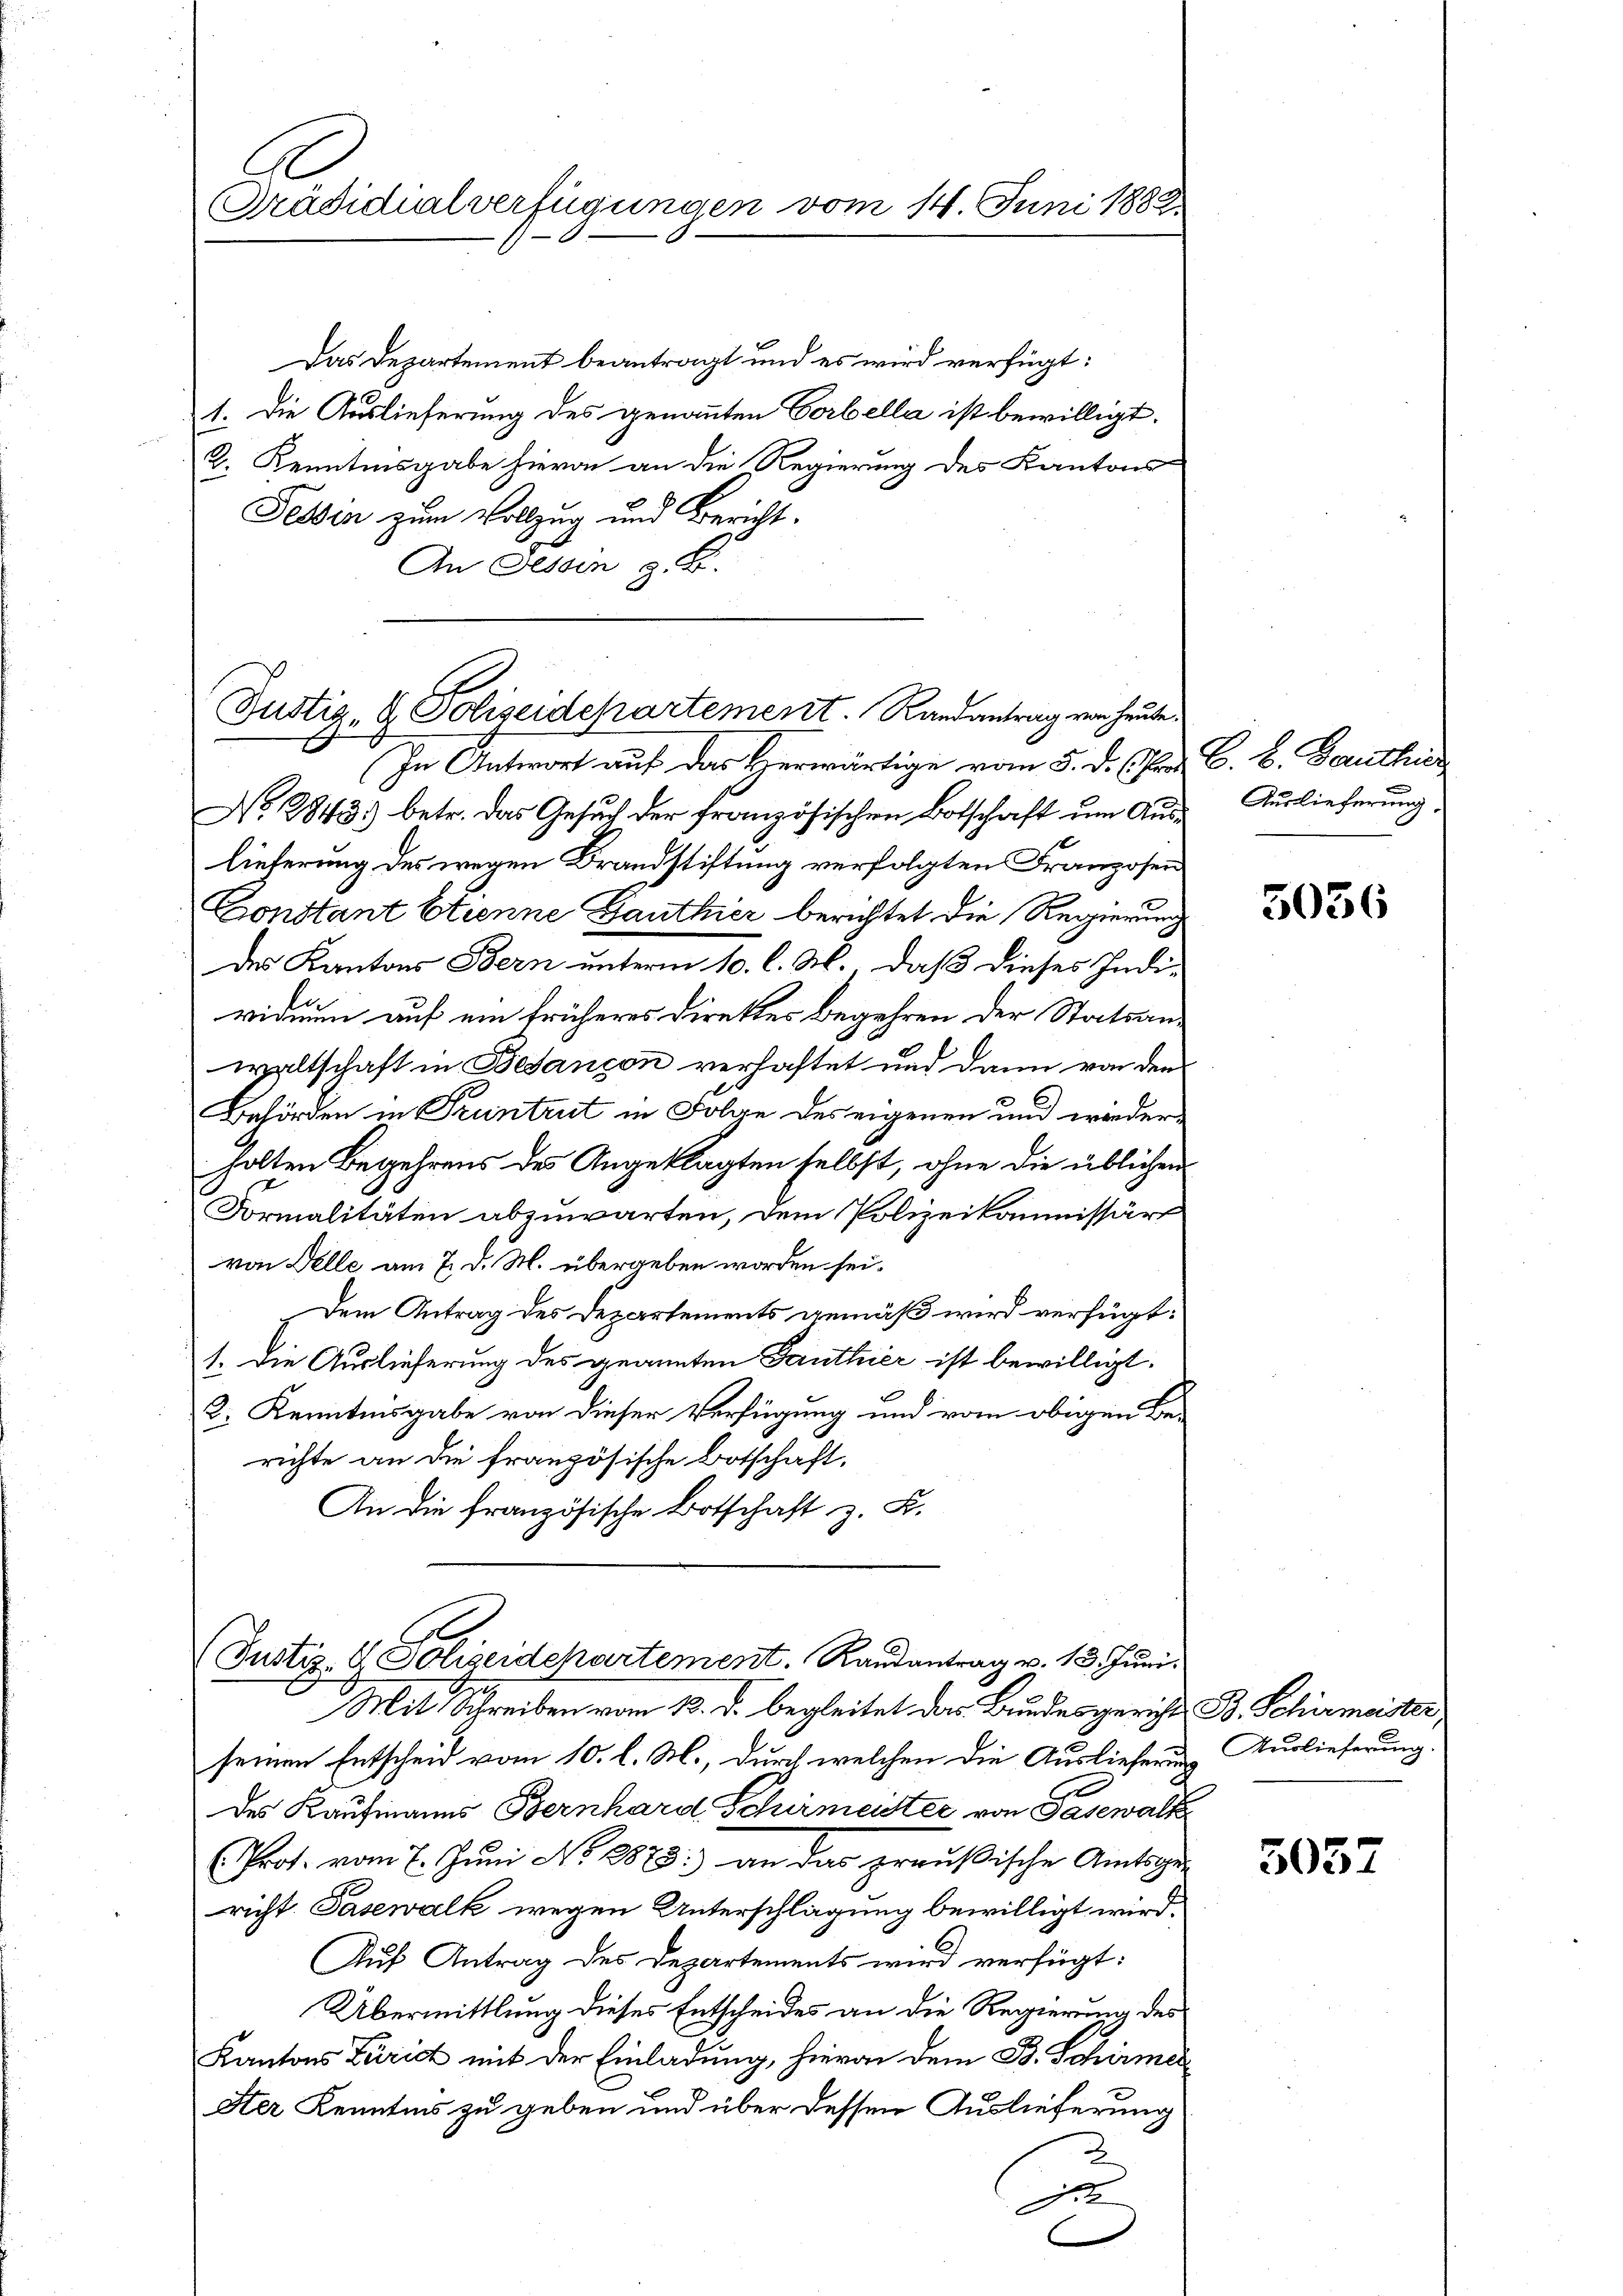
Präsidialverfügungen vom 14. Juni 1882

Das Departement beantragt und es wird verfügt:
1. Die Auslieferung des genannten Vorbella ist bewilligt.
2. Kenntnisgabe hievon an die Regierung des Kantons-
Tessin zum Vollzug und Bericht.
An Fessen z. B.

Justiz- & Polizeidepartement. Randantrag von heute.

In Antwort auf das Herwärtige vom 5. d. h. Pr. C. b. Danthus
No. 2843.) betr. das Gesuch der französischen Botschaft um Aus- Auslieferung
lieferung des wegen Brandstiftung verfolgten Franzosen
Constant Etienne Ganthier berichtet die Regierung
des Kantons Bern unterm 10. l. M. daß dieses Indi-
viduum auf ein früheres Direktes Begehren der Statsanwaltschaft in Besançon verhaftet und dann von den
Behörden in Pruntrut in Folge des eigenen und wiederholten Begehrens des Angeklagten selbst, ohne die üblichen
Formalitäten abzuwarten, dem Polizeikommissärs
von Delle am 7. d. M. übergeben worden sei.
Dem Antrag des Departements gemäß wird verfügt:
1. Die Auslieferung des geannten Ganthier ist bewilligt.
2. Kenntnisgabe von dieser Verfügung und vom obigen Be-
richte an die französische Botschaft,
An die französische Botschaft z. B.

Justiz- & Polizeidchartement. Randantrag v. 13. Juni.
g
Mit Schreiben vom 13. d. begleitet das Bundesgericht B. Schirmeister,

seinen Entscheid vom 10. l. M., durch welchen die Auslieferung Auslieferung
des Kaufmanns Bernhard Schirmeister von Pasewalte
Prot. vom 7. Juni No 8873: an das preußische Amtsgericht Pasewalk wegen Unterschlagung bewilligt wird.
Auf Antrag des Departements wird verfügt:
Übermittlung dieses Entscheides an die Regierung des
Kantons Zürich mit der Einladung, hievon dem B. Schirmen
Ster Kenntnis zu geben und über dessen Auslieferung
2
J
C

5036

5057